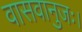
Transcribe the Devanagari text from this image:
वासवानुजः।